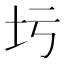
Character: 圬